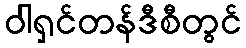
ဝါရှင်တန်ဒီစီတွင်